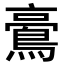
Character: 𪁚